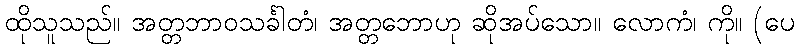
ထိုသူသည်။ အတ္တဘာဝသင်္ခါတံ၊ အတ္တဘောဟု ဆိုအပ်သော။ လောကံ၊ ကို။ (ပေ